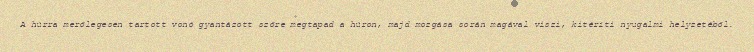
A húrra merőlegesen tartott vonó gyantázott szőre megtapad a húron, majd mozgása során magával viszi, kitéríti nyugalmi helyzetéből.